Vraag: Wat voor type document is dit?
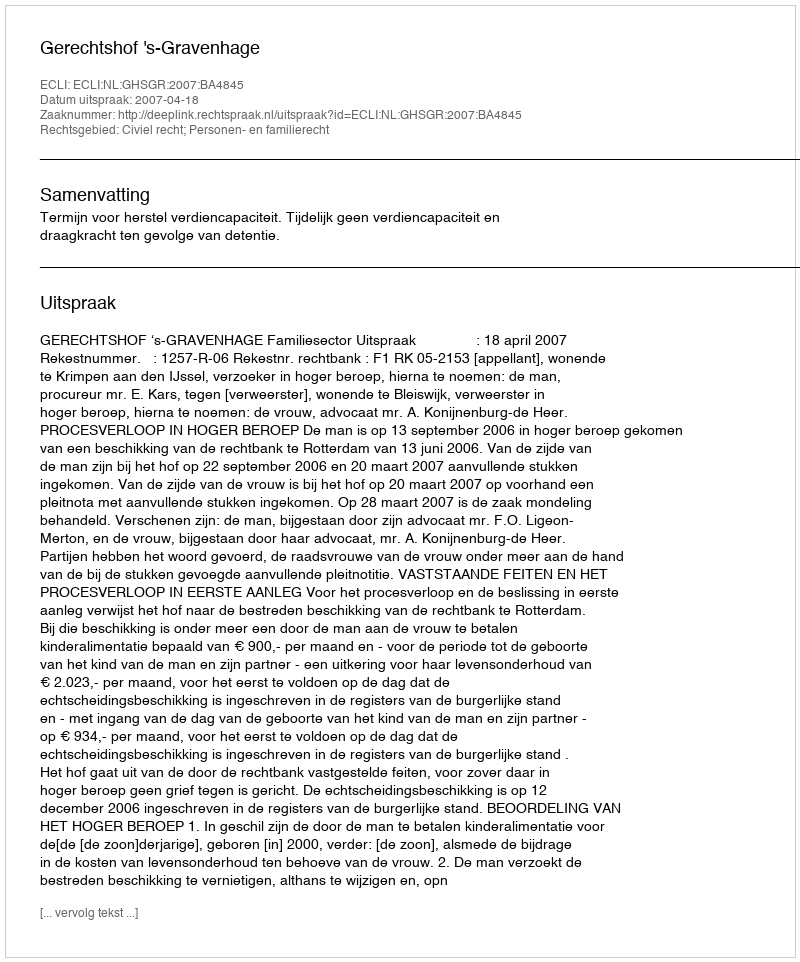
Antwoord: Uitspraak